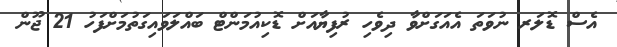
އެސް ޑޮލަރ ނުވަތަ އެއަގަށްވާ ދިވެހި ރުފިޔާއަށް ޑޮކިއުމަންޓް ބައްލަވައިގަތުމަށްފަހު 21 ޖޫން